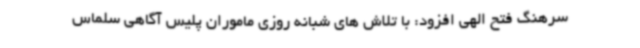
سرهنگ فتح الهی افزود: با تلاش های شبانه روزی ماموران پلیس آگاهی سلماس